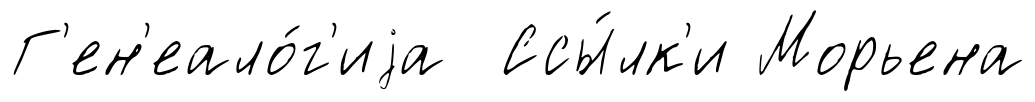
Г'ен'еало́г'иjа Ссы́лк'и Морьена